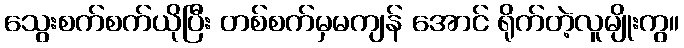
သွေးစက်စက်ယိုပြီး တစ်စက်မှမကျန် အောင် ရိုက်တဲ့လူမျိုးကွ။